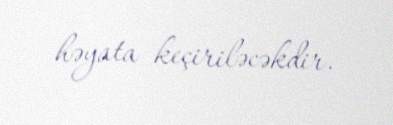
həyata keçiriləcəkdir.